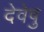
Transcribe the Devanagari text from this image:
देवेषु